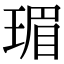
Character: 瑂